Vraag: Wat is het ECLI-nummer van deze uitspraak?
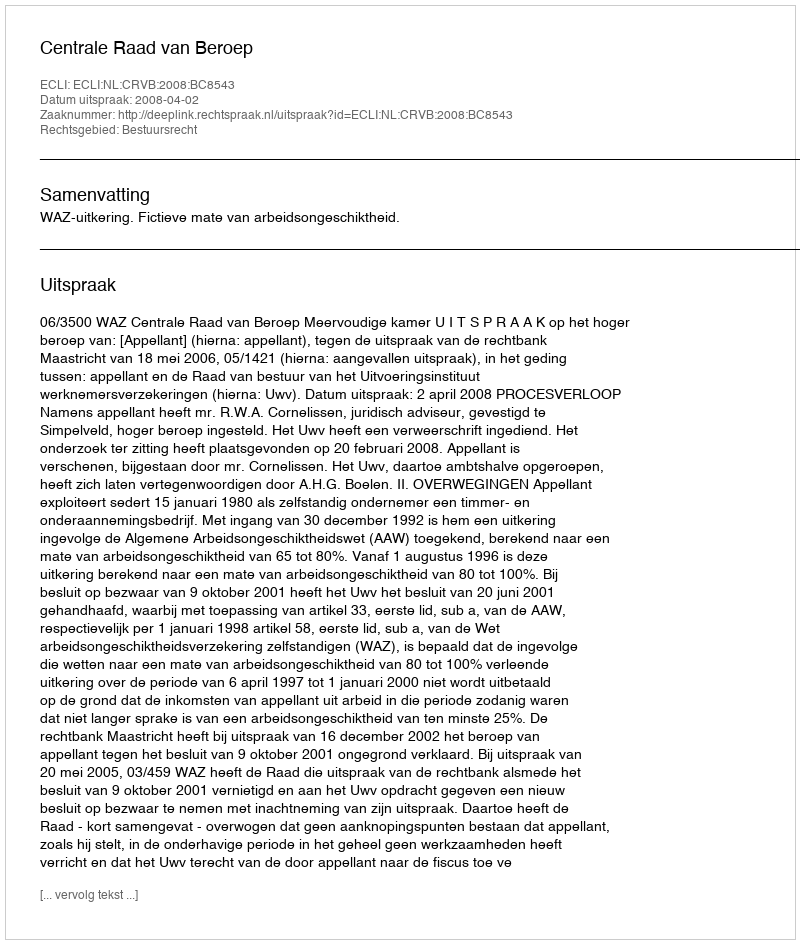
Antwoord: ECLI:NL:CRVB:2008:BC8543